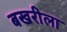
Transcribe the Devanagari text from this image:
बखरीला